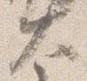
大